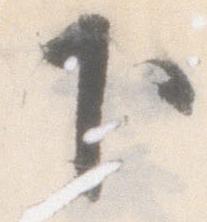
下